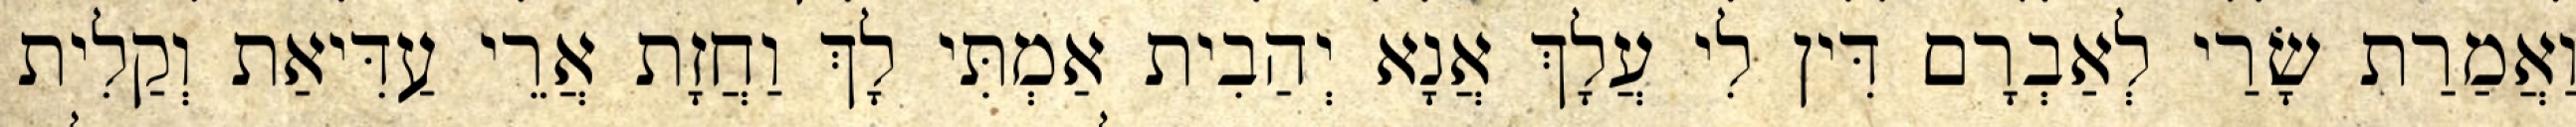
וַאֲמַרַת שָׂרַי לְאַבְרָם דִּין לִי עֲלָךְ אֲנָא יְהַבִית אַמְתִּי לָךְ וַחֲזָת אֲרֵי עַדִּיאַת וְקַלִית